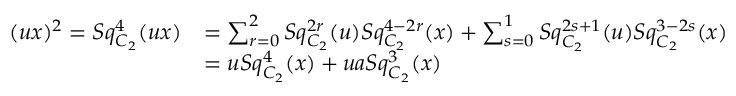
\begin{array} { r l } { ( u x ) ^ { 2 } = S q _ { C _ { 2 } } ^ { 4 } ( u x ) } & { = \sum _ { r = 0 } ^ { 2 } S q _ { C _ { 2 } } ^ { 2 r } ( u ) S q _ { C _ { 2 } } ^ { 4 - 2 r } ( x ) + \sum _ { s = 0 } ^ { 1 } S q _ { C _ { 2 } } ^ { 2 s + 1 } ( u ) S q _ { C _ { 2 } } ^ { 3 - 2 s } ( x ) } \\ & { = u S q _ { C _ { 2 } } ^ { 4 } ( x ) + u a S q _ { C _ { 2 } } ^ { 3 } ( x ) } \end{array}